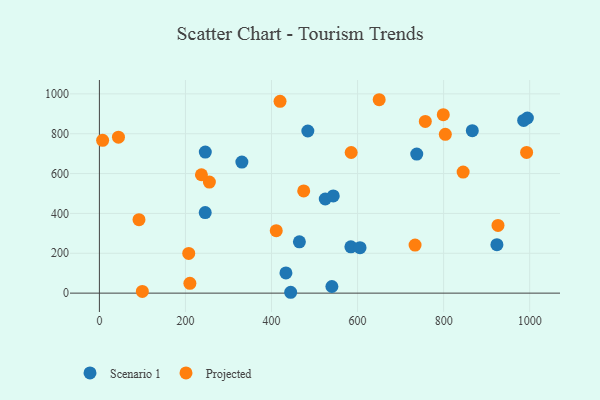
{"axis": {"x": "Study Hours", "y": "Demand"}, "legend": ["Projected", "Scenario 1"], "data": [{"x": "444.5", "y": 4.3, "type": "Scenario 1"}, {"x": "524.9", "y": 472.3, "type": "Scenario 1"}, {"x": "246.1", "y": 707.7, "type": "Scenario 1"}, {"x": "994.6", "y": 878.8, "type": "Scenario 1"}, {"x": "584.4", "y": 232.6, "type": "Scenario 1"}, {"x": "737.5", "y": 697.8, "type": "Scenario 1"}, {"x": "866.6", "y": 815.3, "type": "Scenario 1"}, {"x": "245.9", "y": 404.2, "type": "Scenario 1"}, {"x": "923.8", "y": 243.4, "type": "Scenario 1"}, {"x": "464.8", "y": 257.4, "type": "Scenario 1"}, {"x": "331.1", "y": 657.9, "type": "Scenario 1"}, {"x": "986.0", "y": 866.6, "type": "Scenario 1"}, {"x": "484.4", "y": 813.6, "type": "Scenario 1"}, {"x": "605.7", "y": 227.9, "type": "Scenario 1"}, {"x": "543.5", "y": 487.9, "type": "Scenario 1"}, {"x": "433.5", "y": 101.6, "type": "Scenario 1"}, {"x": "540.3", "y": 33.4, "type": "Scenario 1"}, {"x": "92.0", "y": 368.5, "type": "Projected"}, {"x": "585.1", "y": 705.8, "type": "Projected"}, {"x": "992.8", "y": 705.9, "type": "Projected"}, {"x": "210.3", "y": 49.0, "type": "Projected"}, {"x": "7.5", "y": 766.9, "type": "Projected"}, {"x": "419.8", "y": 962.6, "type": "Projected"}, {"x": "650.2", "y": 970.6, "type": "Projected"}, {"x": "733.6", "y": 241.2, "type": "Projected"}, {"x": "474.8", "y": 513.1, "type": "Projected"}, {"x": "44.3", "y": 782.7, "type": "Projected"}, {"x": "926.3", "y": 339.9, "type": "Projected"}, {"x": "803.9", "y": 797.0, "type": "Projected"}, {"x": "255.6", "y": 557.5, "type": "Projected"}, {"x": "207.6", "y": 199.5, "type": "Projected"}, {"x": "411.0", "y": 313.5, "type": "Projected"}, {"x": "799.2", "y": 895.6, "type": "Projected"}, {"x": "237.1", "y": 594.2, "type": "Projected"}, {"x": "99.8", "y": 8.4, "type": "Projected"}, {"x": "845.3", "y": 607.5, "type": "Projected"}, {"x": "757.4", "y": 861.9, "type": "Projected"}]}